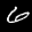
Label: 6